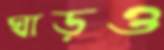
ঘাড়ও